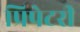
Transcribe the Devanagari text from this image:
प्रिपेटरी